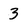
Character: 3